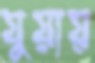
যুয়ায়